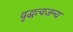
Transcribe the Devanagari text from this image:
वृद्धत्वजन्य